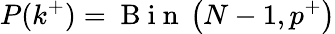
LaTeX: P(k^{+})=\mathrm{~B~i~n~}\left(N-1,p^{+}\right)